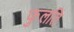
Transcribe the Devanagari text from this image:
फुलति